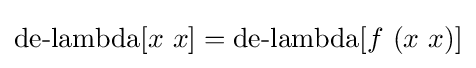
\operatorname {de-lambda} [x\ x]=\operatorname {de-lambda} [f\ (x\ x)]